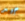
جيد